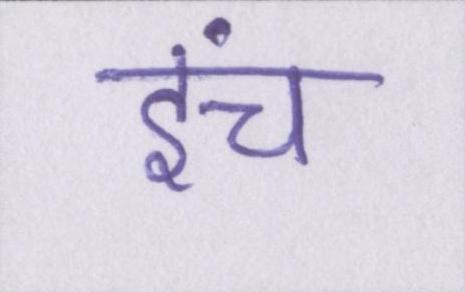
इंच